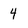
Character: 4